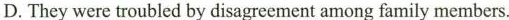
D.They were troubled by disagreement among family members.